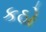
કઠો